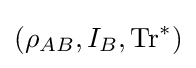
(\rho _{AB},I_{B},\operatorname {Tr} ^{*})